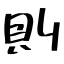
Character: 則